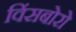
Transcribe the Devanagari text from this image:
विंसबोरो